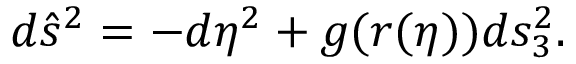
d \hat { s } ^ { 2 } = - d \eta ^ { 2 } + g ( r ( \eta ) ) d s _ { 3 } ^ { 2 } .